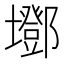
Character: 𡓂